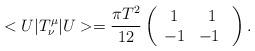
LaTeX: \begin{align*}<U|T^\mu_\nu|U>=\frac{\pi T^{2}}{12}\left(\begin{array}{cc} 1 & 1 \\ -1 &-1 \ \end{array}\right).\end{align*}